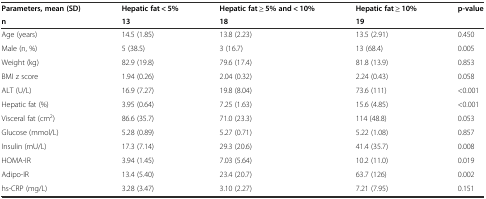
<table><thead><tr><td><b>Parameters, mean (SD)</b></td><td><b>Hepatic fat &lt; 5%</b></td><td><b>Hepatic fat ≥ 5% and &lt; 10%</b></td><td><b>Hepatic fat ≥ 10%</b></td><td><b>p-value</b></td></tr><tr><td><b>n</b></td><td><b>13</b></td><td><b>18</b></td><td><b>19</b></td><td></td></tr></thead><tbody><tr><td>Age (years)</td><td>14.5 (1.85)</td><td>13.8 (2.23)</td><td>13.5 (2.91)</td><td>0.450</td></tr><tr><td>Male (n, %)</td><td>5 (38.5)</td><td>3 (16.7)</td><td>13 (68.4)</td><td>0.005</td></tr><tr><td>Weight (kg)</td><td>82.9 (19.8)</td><td>79.6 (17.4)</td><td>81.8 (13.9)</td><td>0.853</td></tr><tr><td>BMI z score</td><td>1.94 (0.26)</td><td>2.04 (0.32)</td><td>2.24 (0.43)</td><td>0.058</td></tr><tr><td>ALT (U/L)</td><td>16.9 (7.27)</td><td>19.8 (8.04)</td><td>73.6 (111)</td><td>&lt;0.001</td></tr><tr><td>Hepatic fat (%)</td><td>3.95 (0.64)</td><td>7.25 (1.63)</td><td>15.6 (4.85)</td><td>&lt;0.001</td></tr><tr><td>Visceral fat (cm<sup>2</sup>)</td><td>86.6 (35.7)</td><td>71.0 (23.3)</td><td>114 (48.8)</td><td>0.053</td></tr><tr><td>Glucose (mmol/L)</td><td>5.28 (0.89)</td><td>5.27 (0.71)</td><td>5.22 (1.08)</td><td>0.857</td></tr><tr><td>Insulin (mU/L)</td><td>17.3 (7.14)</td><td>29.3 (20.6)</td><td>41.4 (35.7)</td><td>0.008</td></tr><tr><td>HOMA-IR</td><td>3.94 (1.45)</td><td>7.03 (5.64)</td><td>10.2 (11.0)</td><td>0.019</td></tr><tr><td>Adipo-IR</td><td>13.4 (5.40)</td><td>23.4 (20.7)</td><td>63.7 (126)</td><td>0.002</td></tr><tr><td>hs-CRP (mg/L)</td><td>3.28 (3.47)</td><td>3.10 (2.27)</td><td>7.21 (7.95)</td><td>0.151</td></tr></tbody></table>